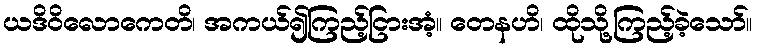
ယဒိဝိလောကေတိ၊ အကယ်၍ကြည့်ငြားအံ့။ တေနဟိ၊ ထိုသို့ကြည့်ခဲ့သော်။